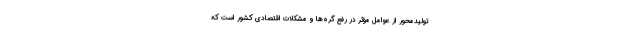
تولیدمحور از عوامل مؤثر در رفع گره‌ها و مشکلات اقتصادی کشور است که